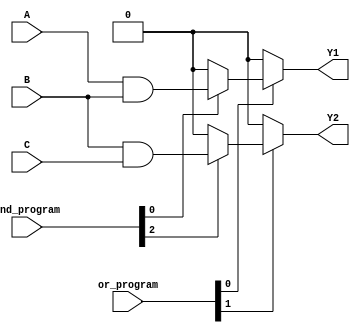
module PLA (
    input wire A,      // Input A
    input wire B,      // Input B
    input wire C,      // Input C
    input wire [3:0] and_program, // Control signals for AND array programming
    input wire [1:0] or_program, // Control signals for OR array programming
    output wire Y1,    // Output Y1
    output wire Y2     // Output Y2
);

// Product Terms from the AND array
wire P0, P1, P2, P3;

// Programmable AND array
assign P0 = (and_program[0]) ? (A & B) : 1'b0;  // AND term A AND B
assign P1 = (and_program[1]) ? (A & ~B) : 1'b0; // AND term A AND NOT B
assign P2 = (and_program[2]) ? (B & C) : 1'b0;  // AND term B AND C
assign P3 = (and_program[3]) ? (A & C) : 1'b0;  // AND term A AND C

// Final outputs from the OR array
assign Y1 = (or_program[0]) ? P0 : 1'b0 | 
            (or_program[0]) ? P1 : 1'b0;
assign Y2 = (or_program[1]) ? P2 : 1'b0 | 
            (or_program[1]) ? P3 : 1'b0;

endmodule